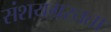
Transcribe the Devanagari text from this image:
संशयग्रस्तता